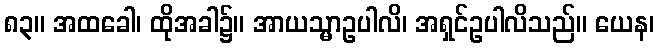
၈၃။ အထခေါ၊ ထိုအခါ၌။ အာယသ္မာဥပါလိ၊ အရှင်ဥပါလိသည်။ ယေန၊